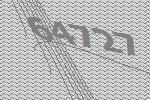
64727